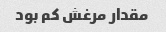
مقدار مرغش کم بود